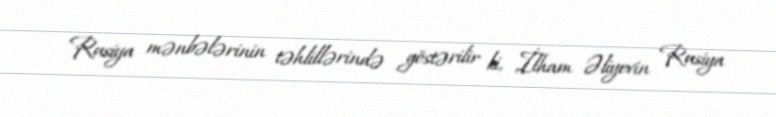
Rusiya mənbələrinin təhlillərində göstərilir ki, İlham Əliyevin Rusiya